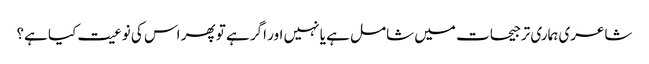
شاعری ہماری ترجیحات میں شامل ہے یا نہیں اور اگر ہے تو پھر اس کی نوعیت کیا ہے؟